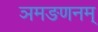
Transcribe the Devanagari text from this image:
ञमङणनम्